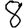
Digit: 8